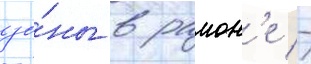
зо́ны в раион'е -